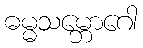
ဓမ္မသမ္ဘောဂေါ